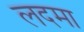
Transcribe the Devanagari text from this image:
लदमा